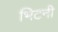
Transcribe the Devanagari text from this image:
भिटनी